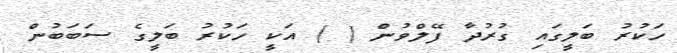
ހަކުރު ބަލީގައި ގުރުދާ ފޭލްވުން ( ) އަކީ ހަކުރު ބަލީގެ ސަބަބުން